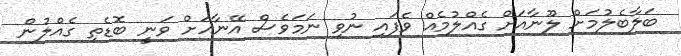
ބަލާބެލުމަށް ލޫނާއަށް ގެއްލުމެއް ވެފައި ނުވި ނަމަވެސް އޭނާއަށް ވަނީ ބޮޑެތި ގެއްލުން